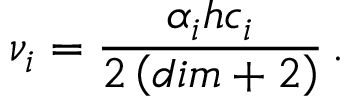
\nu _ { i } = \frac { \alpha _ { i } h c _ { i } } { 2 \left( d i m + 2 \right) } \, .